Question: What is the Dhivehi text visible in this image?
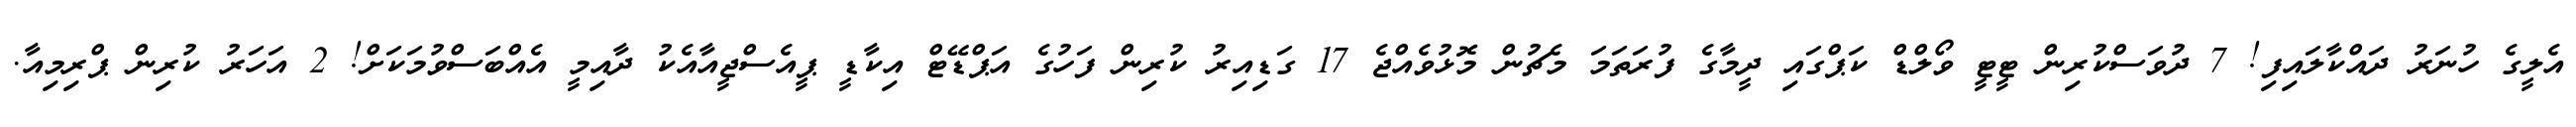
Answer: އެލީގެ ހުނަރު ދައްކާލައިފި! 7 ދުވަސްކުރިން ޓީޓީ ވޯލްޑް ކަޕްގައި ދީމާގެ ފުރަތަމަ މެޗުން މޮޅުވެއްޖެ 17 ގަޑިއިރު ކުރިން ފަހުގެ އަޕްޑޭޓް އިކާޑީ ޕީއެސްޖީއާއެކު ދާއިމީ އެއްބަސްވުމަކަށް! 2 އަހަރު ކުރިން ޕްރިމިއާ.